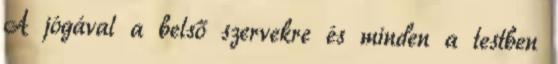
A jógával a belső szervekre és minden a testben